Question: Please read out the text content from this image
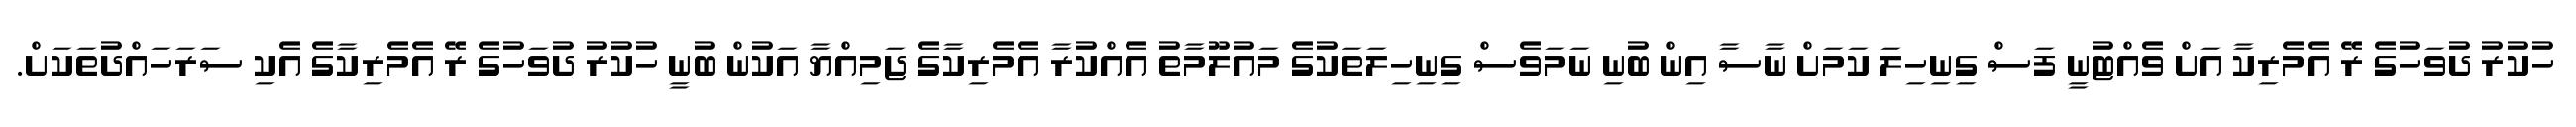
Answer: ހުކުރު ދުވަހުގެ ރޭ އެމެރިކާ އަށް ވެއްޓުނީ ފަސް ގިނިހިލަ ކަމަށް ނާސާ އިން ބުނި ނަމަވެސް ގިނިހިލަތަކުގެ މައުލޫމާތު އެއްކުރާ އެމެރިކާގެ ޖަމިއްޔާ އަކުން ބުނީ ހުކުރު ދުވަހުގެ ރޭ އެމެރިކާގެ އެކި ސަރަހައްދުތަކަށް.